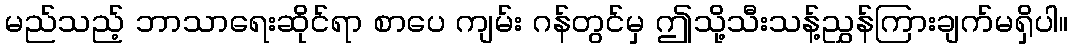
မည်သည့် ဘာသာရေးဆိုင်ရာ စာပေ ကျမ်း ဂန်တွင်မှ ဤသို့သီးသန့်ညွှန်ကြားချက်မရှိပါ။